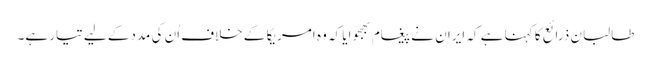
طالبان ذرائع کا کہنا ہے کہ ایران نے پیغام بھجوایا کہ وہ امریکا کے خلاف اُن کی مددکے لیے تیار ہے۔